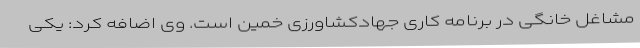
مشاغل خانگی در برنامه کاری جهادکشاورزی خمین است. وی اضافه کرد: یکی